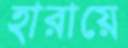
হারায়ে